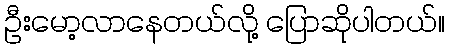
ဦးမော့လာနေတယ်လို့ ပြောဆိုပါတယ်။